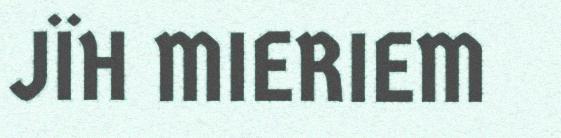
JÏH MIERIEM